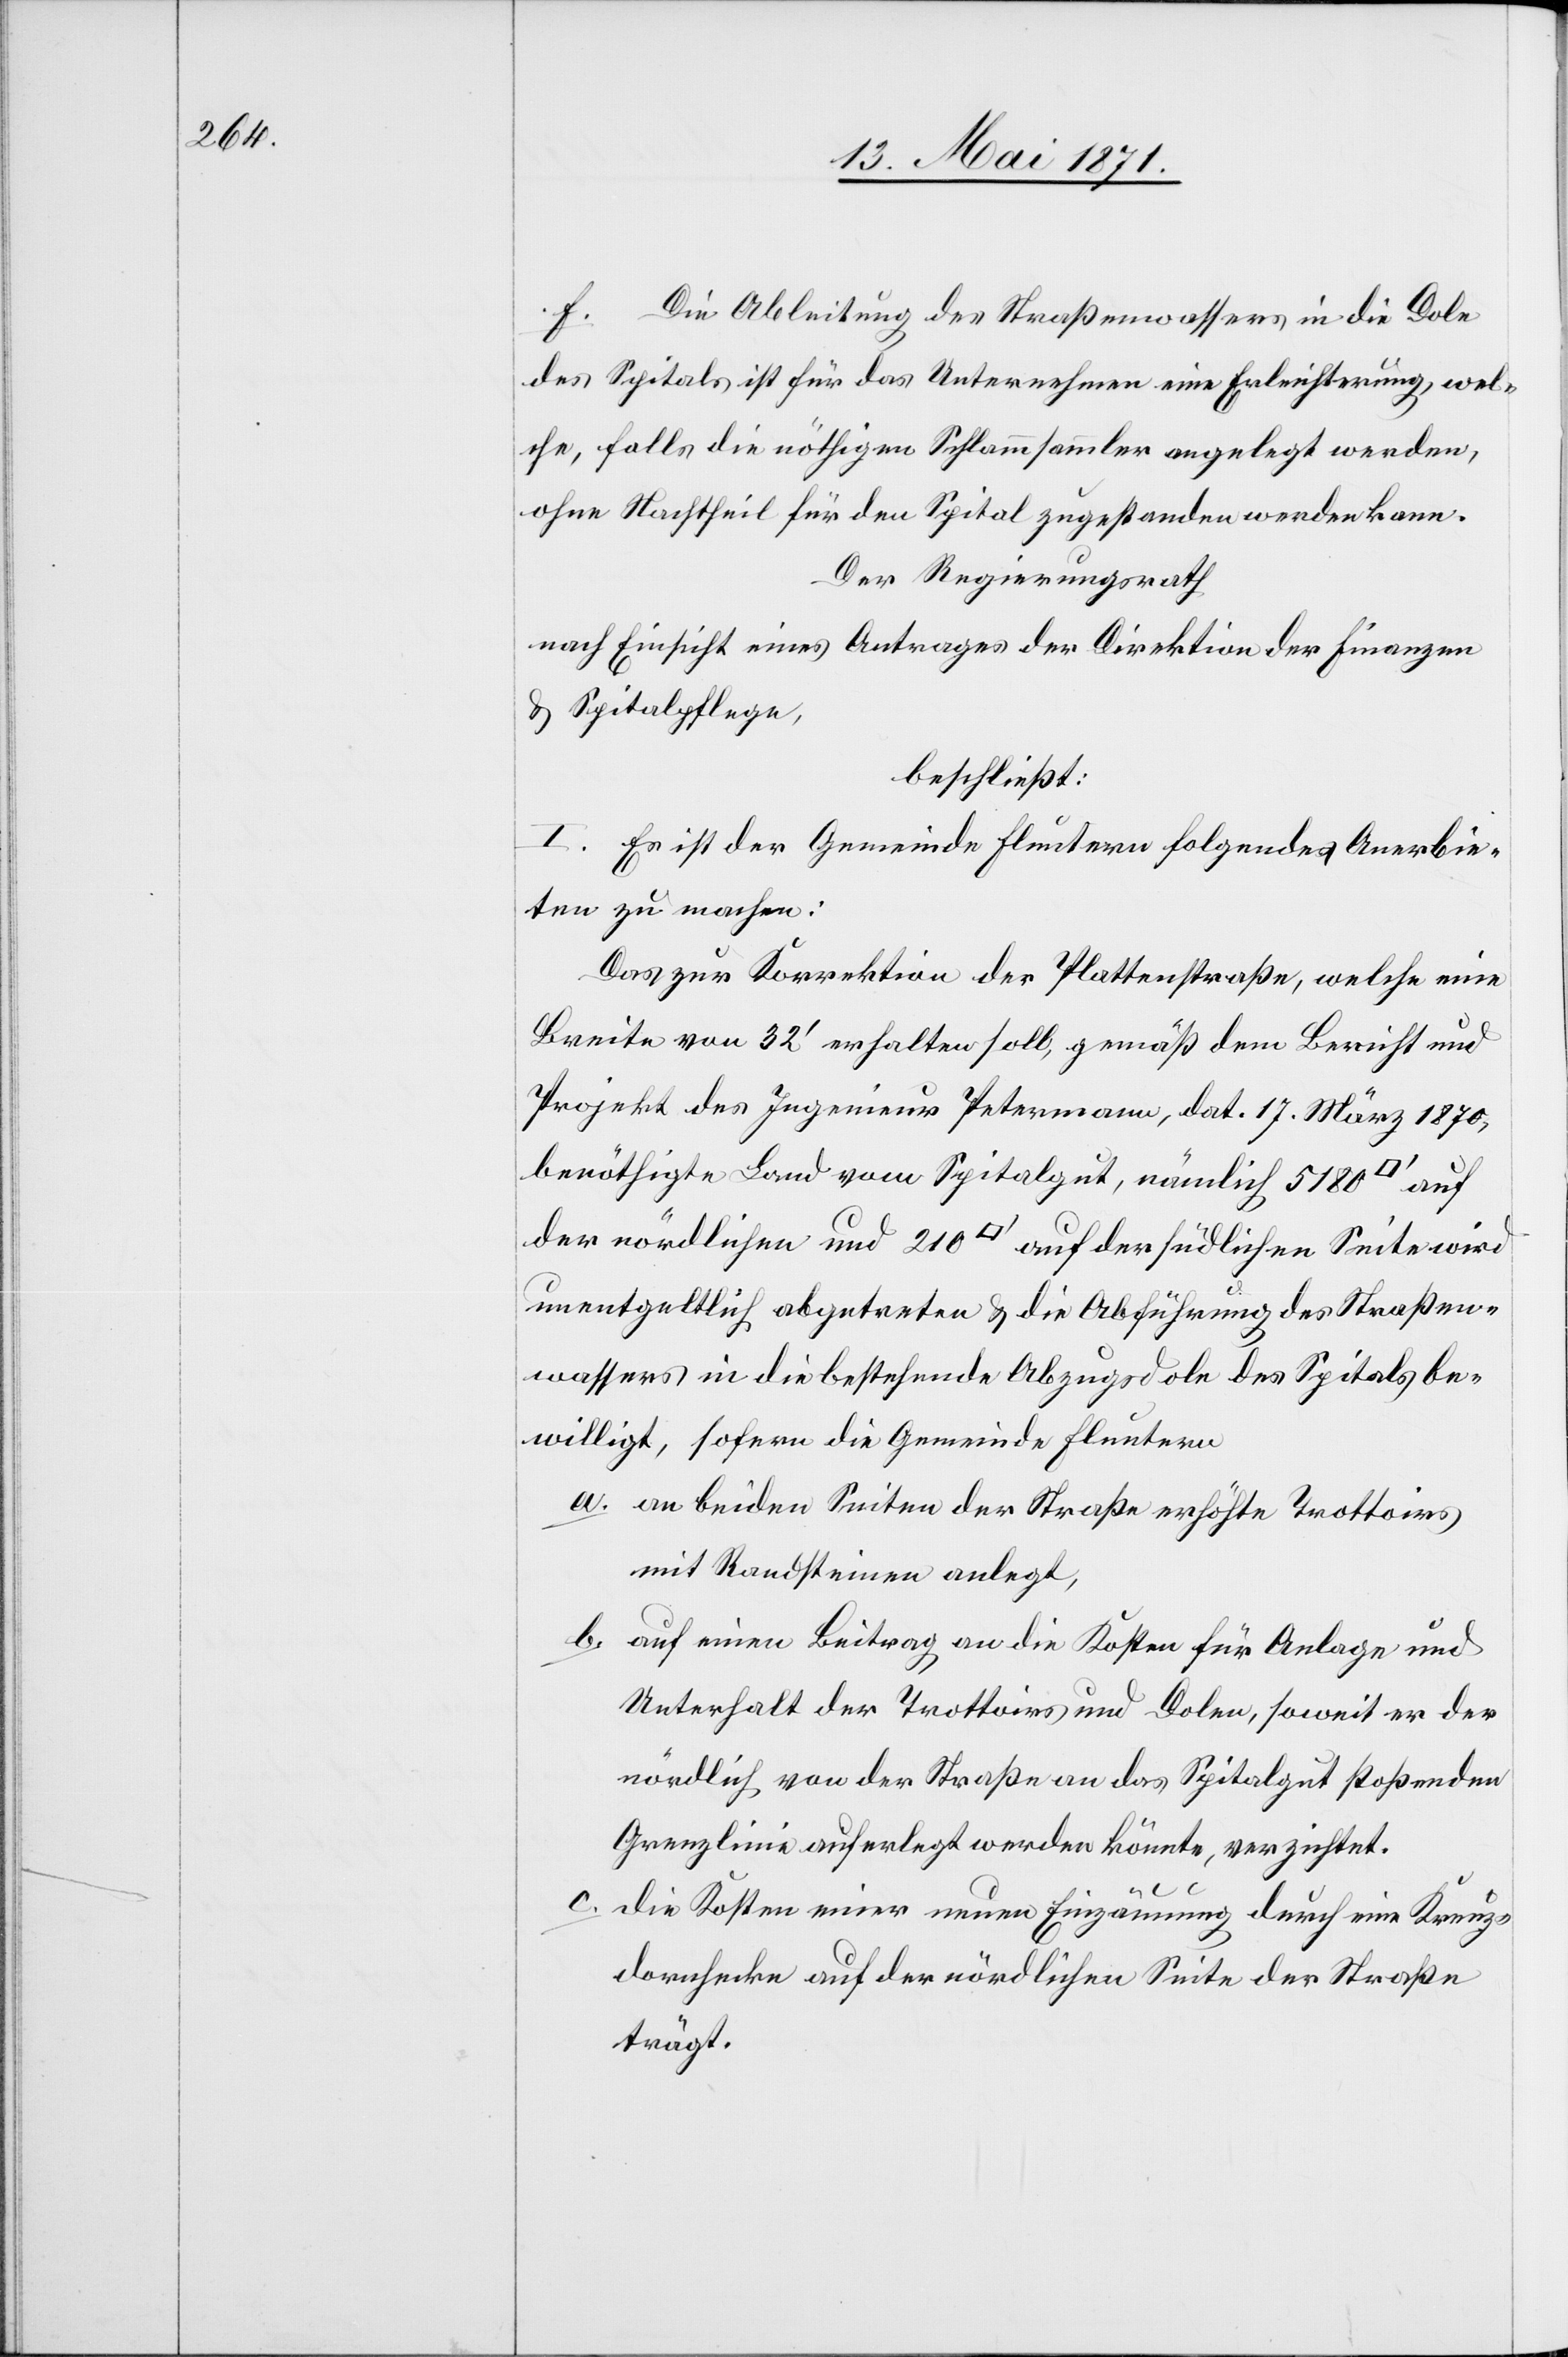
Die Ableitung des Straßenwassers in die Dole
f.
des Spitals ist für das Unternehmen eine Erleichterung, wel¬
che, falls die nöthigen Schlammsammler angelegt werden,
ohne Nachtheil für den Spital zugestanden werden kann.
Der Regierungsrath
nach Einsicht eines Antrages der Direktion der Finanzen
u. Spitalpflege,
beschließt:
I. Es ist der Gemeinde Fluntern folgendes Anerbie¬
ten zu machen:
Das zur Korrektion der Plattenstraße, welche eine
Breite von 32‘ erhalten soll, gemäß dem Bericht und
Projekt des Ingenieur Petermann, dat. 17. März 1870,
benöthigte Land vom Spitalgut, nämlich 5180 [Quadratfuss]
der nördlichen und 210 [Quadratfuss] auf der südlichen Seite wird
unentgeltlich abgetreten u. die Abführung des Straßen¬
wassers in die bestehende Abzugsdole des Spitals be¬
willigt, sofern die Gemeinde Fluntern
an beiden Seiten der Straße erhöhte Trottoirs
mit Randsteinen anlegt,
auf einen Beitrag an die Kosten für Anlage und
Unterhalt der Trottoirs und Dolen, soweit er der
nördlich von der Straße an das Spitalgut stoßenden
Grenzlinie auferlegt werden könnte, verzichtet.
die Kosten einer neuen Einzäunung durch eine Kreuz¬
dornhecke auf der nördlichen Seite der Straße
trägt.